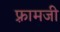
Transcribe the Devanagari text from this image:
फ़्रामजी